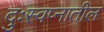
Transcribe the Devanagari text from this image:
दुःस्वप्नातील